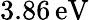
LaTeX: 3.86\, \mathrm{eV}